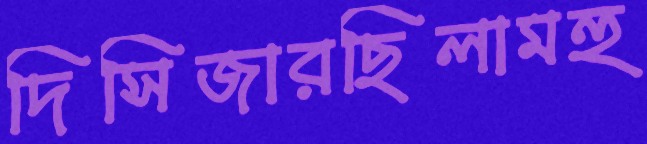
দিসিজারছিলামহু